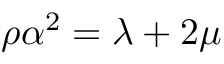
\rho \alpha ^ { 2 } = \lambda + 2 \mu